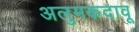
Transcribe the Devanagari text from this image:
अलुमकदावू